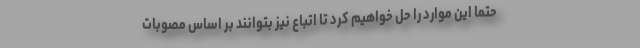
حتماً این موارد را حل خواهیم کرد تا اتباع نیز بتوانند بر اساس مصوبات